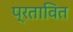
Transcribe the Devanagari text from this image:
प्रतावित